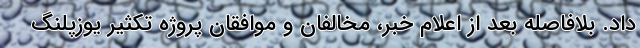
داد. بلافاصله بعد از اعلام خبر، مخالفان و موافقان پروژه تکثیر یوزپلنگ